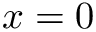
x = 0